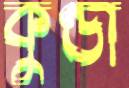
কুণ্ডা